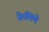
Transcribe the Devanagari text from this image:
फ़ेलिपे